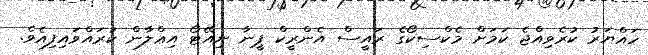
ހައްޔަރު ކުރެވިއްޖެ ކަމަށް މެކްސިކޯގެ ރައީސް އެންރީކް ޕީނާ ނިއޭޓޯ އިޢްލާން ކުރައްވައިފިއެވެ.